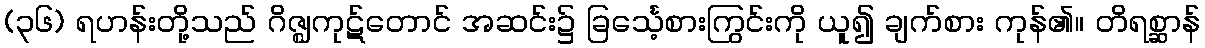
(၃၆) ရဟန်းတို့သည် ဂိဇ္ဈကုဋ်တောင် အဆင်း၌ ခြင်္သေ့စားကြွင်းကို ယူ၍ ချက်စား ကုန်၏။ တိရစ္ဆာန်